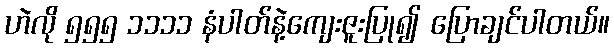
ဟဲလို ၅၅၅ ၁၁၁၁ နံပါတ်နဲ့ကျေးဇူးပြု၍ ပြောချင်ပါတယ်။